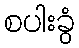
စပါးခွံ